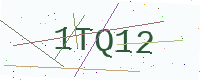
Text: 1TQ12